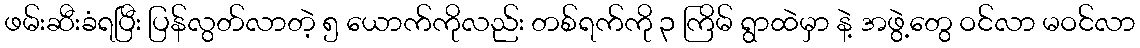
ဖမ်းဆီးခံရပြီး ပြန်လွတ်လာတဲ့ ၅ ယောက်ကိုလည်း တစ်ရက်ကို ၃ ကြိမ် ရွာထဲမှာ နဲ့ အဖွဲ့တွေ ဝင်လာ မဝင်လာ